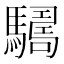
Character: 𩦑